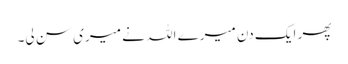
پھر ایک دن میرے اللہ نے میری سن لی۔